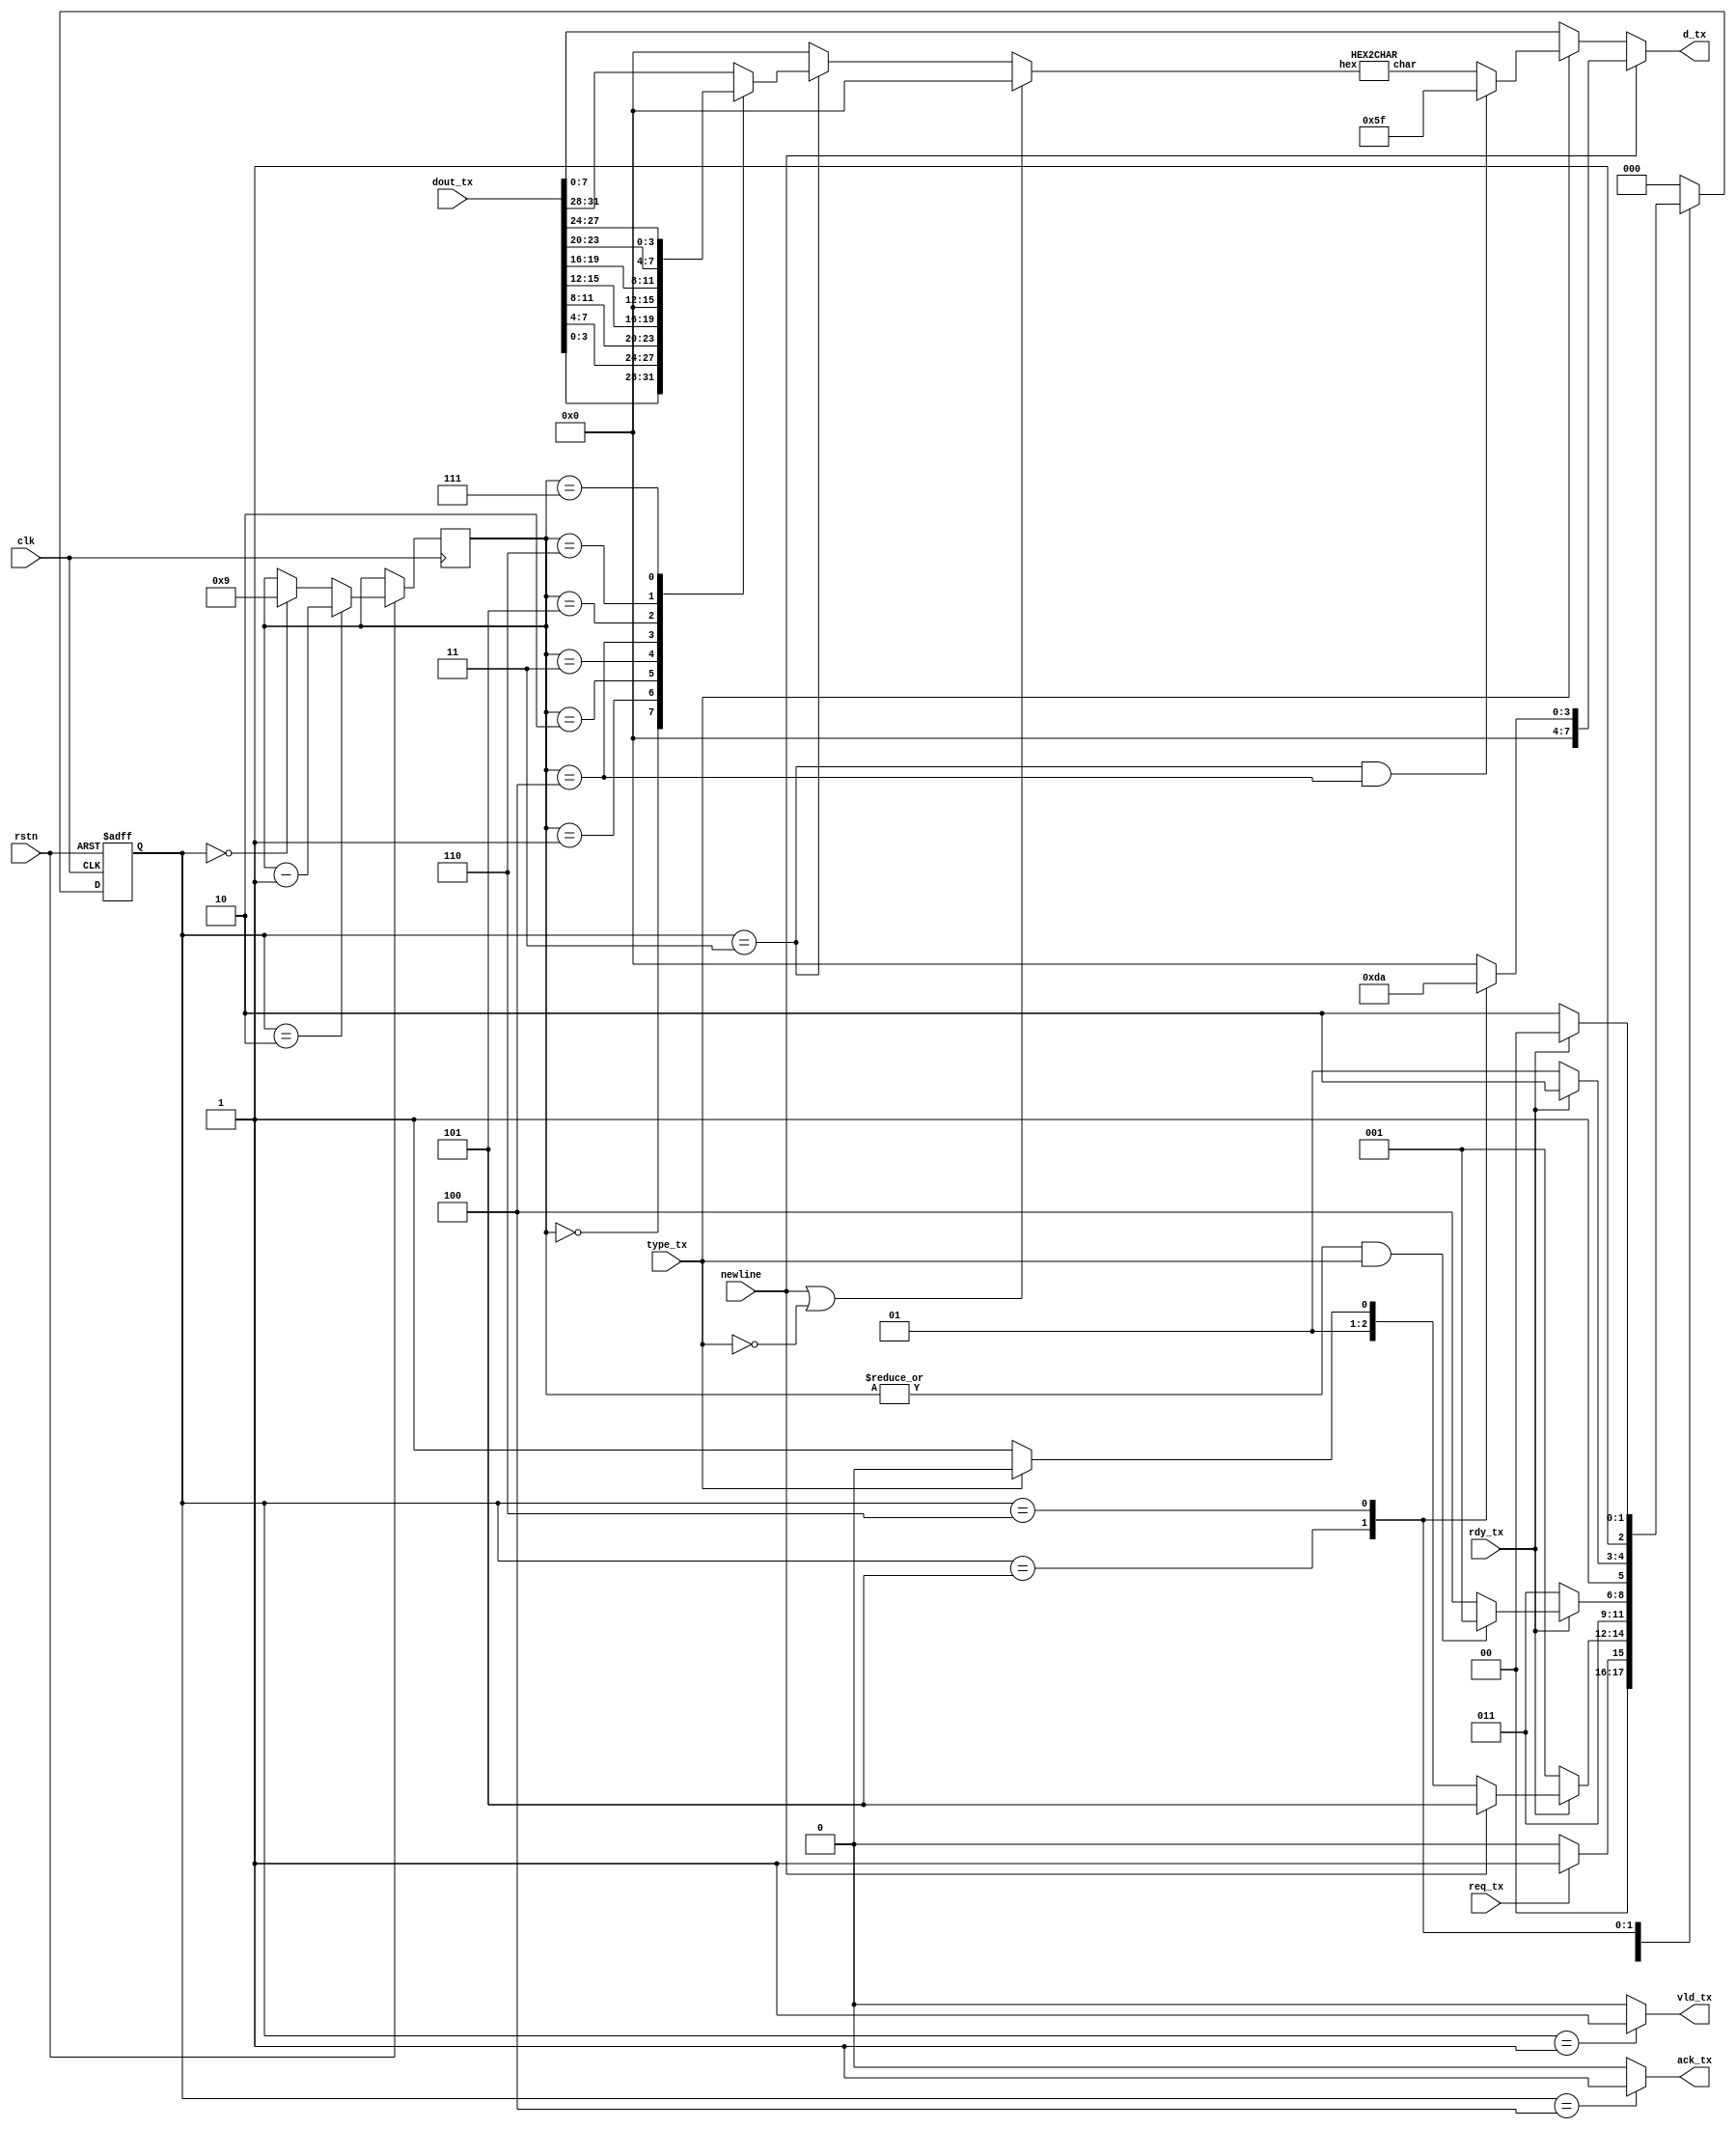
`timescale  1ns / 1ps
module PRINT(
    input               clk,
    input               rstn,
    input               rdy_tx,
    output  reg [7:0]   d_tx,
    output  reg         vld_tx,
    
    input   [31:0]      dout_tx,    // cpu
                                    // 
    input               type_tx,
    input               newline,
    input               req_tx,
    output  reg         ack_tx
);
parameter   WAIT    =   3'H0,
            WAITTX  =   3'H1,
            CNT     =   3'H2,
            SEND    =   3'H3,
            ACK     =   3'H4,
            SENDR   =   3'H5,
            SENDN   =   3'H6;
parameter   LINE    =   8'h5f;      // _
reg [2:0]   cs,ns;
reg [3:0]   cnt;
reg [3:0]   hex;
wire    [7:0]   temp_d_tx;
HEX2CHAR hex2char(
    .hex(hex),
    .char(temp_d_tx)
);

// d_tx
always @(*) begin
    if(newline)
        case(cs)
            SENDR:  d_tx=8'h0d;
            SENDN:  d_tx=8'h0a;
            default: d_tx=8'h00;
        endcase
    else if(type_tx)
        d_tx=(cs==SEND&&cnt==4'h4)?LINE:temp_d_tx;
    else
        d_tx=dout_tx[7:0];
end

// time
always @(posedge clk,negedge rstn) begin
    if(!rstn)
        cs<=WAIT;
    else    begin
        cs<=ns;
        cnt<=(cs==CNT)?(cnt-1):(cs==WAIT)?9:cnt;
    end
end

// logic
always @(*) begin
    case(cs)
        WAIT:
            if(req_tx)
                ns=WAITTX;
            else
                ns=WAIT;
        WAITTX:
            if(!rdy_tx)
                ns=WAITTX;
            else if(newline)
                ns=SENDR;
            else if(!type_tx)  // 
                ns=SEND;
            else
                ns=CNT;
        CNT:
            ns=SEND;
        SEND:
            if(!rdy_tx)
                ns=SEND;
            else if(|cnt&&type_tx)
                ns=WAITTX;
            else
                ns=ACK;
        SENDR:
            ns=(rdy_tx)?SENDN:SENDR;
        SENDN:
            ns=(rdy_tx)?ACK:SENDN;
        ACK:
            ns=WAIT;
        default:
            ns=WAIT;
    endcase
    // reqack
    ack_tx<=(cs==ACK)?1:0;
    vld_tx<=(cs==WAITTX)?1:0;
end
// output
always @(*) begin
    // 
    // 
    if(newline||(!type_tx))
        hex=4'h0;
    else if(cs==SEND) begin
        case(cnt)
            4'h0:   hex=dout_tx[3:0];
            4'h1:   hex=dout_tx[7:4];
            4'h2:   hex=dout_tx[11:8];
            4'h3:   hex=dout_tx[15:12];
            4'h4:   hex=4'h0;
            4'h5:   hex=dout_tx[19:16];
            4'h6:   hex=dout_tx[23:20];
            4'h7:   hex=dout_tx[27:24];
            4'h8:   hex=dout_tx[31:28];
            default: hex=dout_tx[31:28];
        endcase
    end
    // 5/18
    else hex=4'h0;
end
endmodule

module HEX2CHAR(
    input   [3:0]   hex,
    output  [7:0]   char
);
wire    [7:0]   temp;
assign  temp={4'h0,hex};
assign  char=(temp>8'h09)?temp+8'h57:temp+8'h30;
endmodule